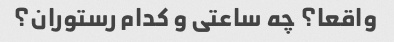
واقعا؟ چه ساعتی و کدام رستوران؟